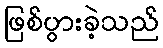
ဖြစ်ပွားခဲ့သည်